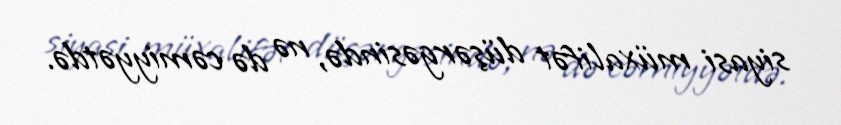
siyasi müxalifət düşərgəsində, nə də cəmiyyətdə.